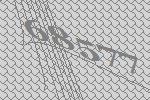
68577